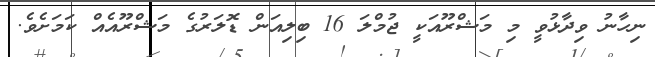
ނިހާނު ވިދާޅުވީ މި މަޝްރޫއަކީ ޖުމްލަ 16 ބިލިއަން ޑޮލަރުގެ މަޝްރޫއެއް ކަމަށެވެ.